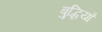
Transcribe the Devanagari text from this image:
बुद्धियाँ